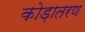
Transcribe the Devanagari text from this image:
कोड़ातरण